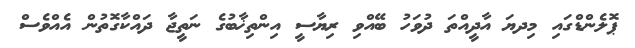
ޕޮލެންޑްގައި މިދޔަ އާދީއްތަ ދުވަހު ބޭއްވި ރިޔާސީ އިންތިޚާބުގެ ނަތީޖާ ދައްކާގޮތުން އެއްވެސް